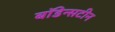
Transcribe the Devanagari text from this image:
बॉडेन्सटीन